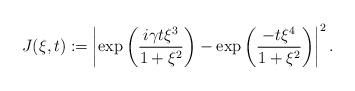
LaTeX: \begin{align*}J(\xi, t):=\left| \exp\left( \frac{i\gamma t\xi^{3} }{1+\xi^{2}}\right)-\exp\left( \frac{-t\xi^{4}}{1+\xi^{2}}\right)\right|^{2}. \end{align*}